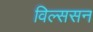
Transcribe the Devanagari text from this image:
विल्ससन